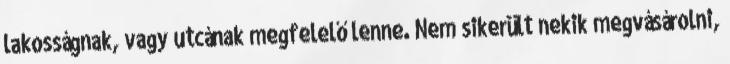
lakosságnak, vagy utcának megfelelő lenne. Nem sikerült nekik megvásárolni,